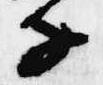
子